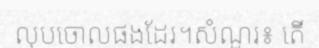
លុបចោលផងដែរ។សំណួរ៖ តើ